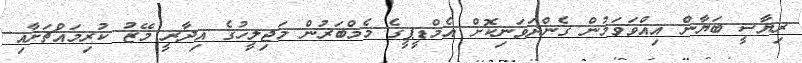
ރިޔާސީ ބަޔާން އިއްވަވަމުން ގެންދަވަނިކޮށް އެމްޑީޕީގެ މެމްބަރުން މަޖިލީހުގެ އިދާރީ މޭޒު ކުރިމައްޗަށާއި